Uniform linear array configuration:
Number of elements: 12
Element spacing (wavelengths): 0.25
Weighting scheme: hamming
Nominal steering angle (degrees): -60
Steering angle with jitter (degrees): -59.968
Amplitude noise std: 0.05
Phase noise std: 0.05

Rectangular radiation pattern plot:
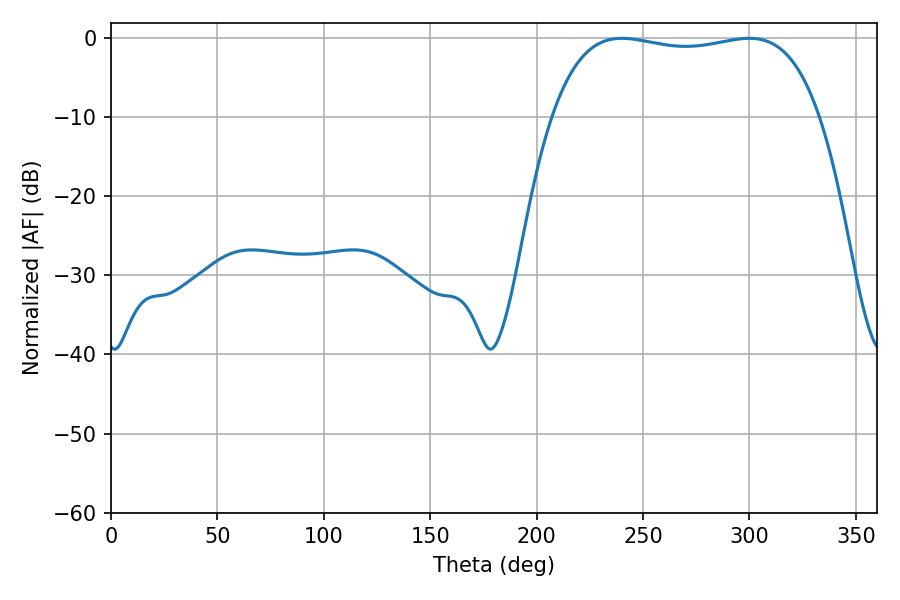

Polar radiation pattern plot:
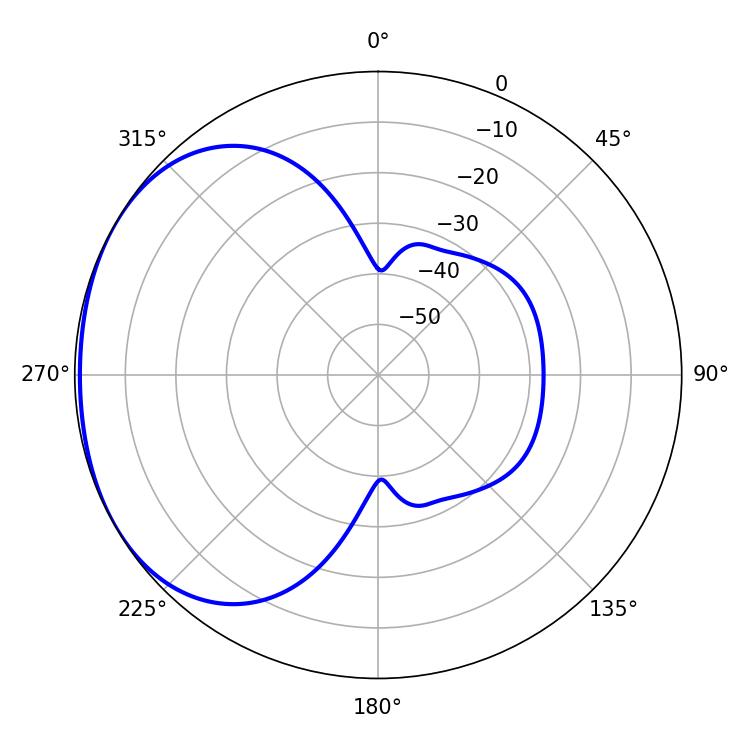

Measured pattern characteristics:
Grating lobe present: FALSE
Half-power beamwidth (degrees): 100.8
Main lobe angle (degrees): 239.94